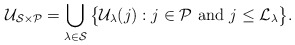
\begin{align*} \mathcal{U}_{\mathcal{S} \times \mathcal{P}}= \bigcup_{\lambda \in \mathcal{S}}\big\{ \mathcal{U}_{\lambda}(j): j \in \mathcal{P} \textrm{ and } j \leq \mathcal{L}_{\lambda} \big\}. \end{align*}